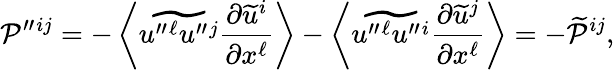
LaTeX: {\cal{P}}^{\prime\prime}{}^{ij}=-\left\langle{\widetilde{u^{\prime\prime}{}^{\ell}u^{\prime\prime}{}^{j}}\frac{\partial\widetilde{u}^{i}}{\partial x^{\ell}}}\right\rangle-\left\langle{\widetilde{u^{\prime\prime}{}^{\ell}u^{\prime\prime}{}^{i}}\frac{\partial\widetilde{u}^{j}}{\partial x^{\ell}}}\right\rangle=-\widetilde{\cal{P}}^{ij},